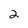
Character: 2